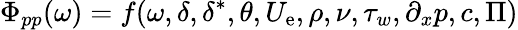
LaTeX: \Phi_{pp}(\omega)=f(\omega,\delta,\delta^{*},\theta,U_{\mathrm{e}},\rho,\nu,\tau_{w},\partial_{x}p,c,\Pi)